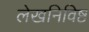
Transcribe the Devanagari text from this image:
लेखनिविष्ट